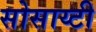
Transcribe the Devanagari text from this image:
सोसाय्टी